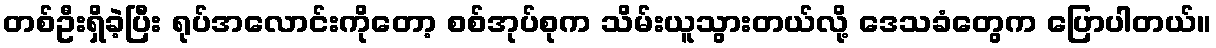
တစ်ဦးရှိခဲ့ပြီး ရုပ်အလောင်းကိုတော့ စစ်အုပ်စုက သိမ်းယူသွားတယ်လို့ ဒေသခံတွေက ပြောပါတယ်။